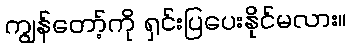
ကျွန်တော့်ကို ရှင်းပြပေးနိုင်မလား။